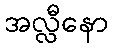
အလ္လီနော